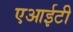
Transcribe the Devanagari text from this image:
एआईटी